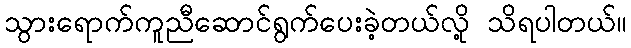
သွားရောက်ကူညီဆောင်ရွက်ပေးခဲ့တယ်လို့ သိရပါတယ်။